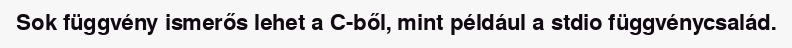
Sok függvény ismerős lehet a C-ből, mint például a stdio függvénycsalád.